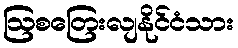
ဩစတြေးလျနိုင်ငံသား